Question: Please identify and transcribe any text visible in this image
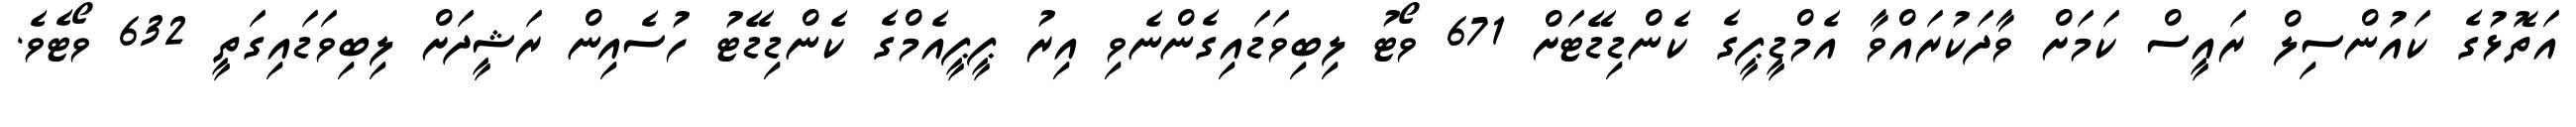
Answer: އަތޮޅުގެ ކައުންސިލް ރައީސް ކަމަށް ވާދަކުރައްވާ އެމްޑީޕީގެ ކެންޑިޑޭޓަށް 671 ވޯޓު ލިބިވަޑައިގެންނެވި އިރު ޕީޕީއެމްގެ ކެންޑިޑޭޓު ހުސެއިން ރަޝީދަށް ލިބިވަޑައިގަތީ 632 ވޯޓެވެ.